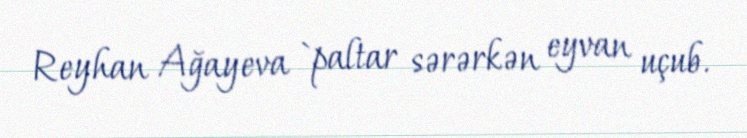
Reyhan Ağayeva `paltar sərərkən eyvan uçub.